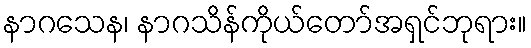
နာဂသေန၊ နာဂသိန်ကိုယ်တော်အရှင်ဘုရား။